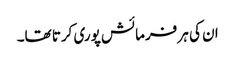
ان کی ہر فرمائش پوری کرتا تھا۔